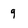
Character: q